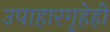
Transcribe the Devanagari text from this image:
उपाहारगृहेही